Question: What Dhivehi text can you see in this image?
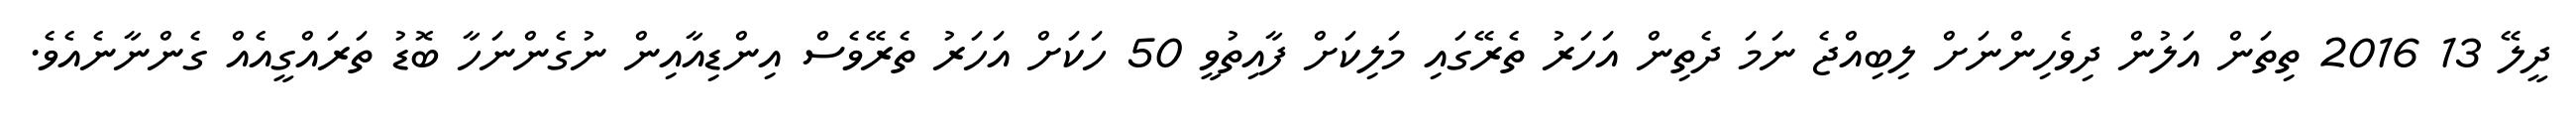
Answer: ދީލޭ 13 2016 ތިތަން އަލުން ދިވެހިންނަށް ލިބިއްޖެ ނަމަ ދެތިން އަހަރު ތެރޭގައި މަލިކަށް ފާއިތުވީ 50 ހަކަށް އަހަރު ތެރޭވެސް އިންޑިއާއިން ނުގެންނަހާ ބޮޑު ތަރައްގީއެއް ގެންނާނެއެވެ.